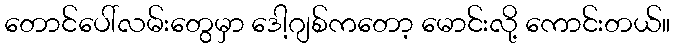
တောင်ပေါ်လမ်းတွေမှာ ဒေါ့ဂျစ်ကတော့ မောင်းလို့ ကောင်းတယ်။